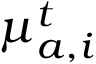
{ \mu } _ { a , i } ^ { t }